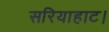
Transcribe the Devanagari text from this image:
सरियाहाट।